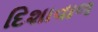
દિશાવાળ